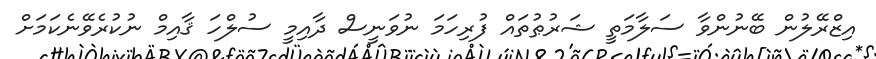
އިޒްރޭލުން ބޭނުންވާ ސަލާމަތީ ޝަރުޠުތައް ފުރިހަމަ ނުވަނީސް ދާއިމީ ސުލްހަ ޤާއިމް ނުކުރެވޭނެކަމަށް